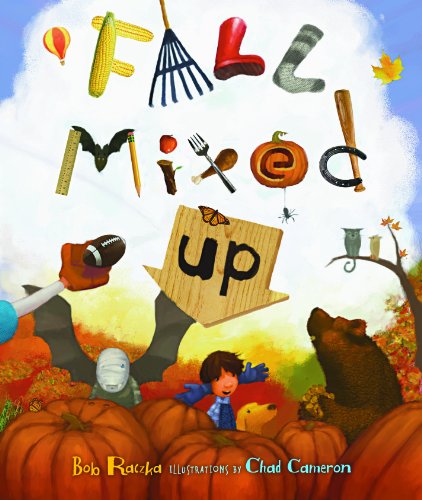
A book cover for Fall Mixed Up (Carolrhoda Picture Books); Bob Raczka; Children's Books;